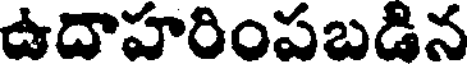
ఉదాహరింపబడిన